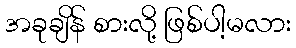
အခုချိန် စားလို့ ဖြစ်ပါ့မလား